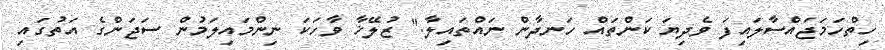
ހިތްހަމަޖައްސާލައިފަ ވެދިޔަ ކަންތައް ހަނދާން ނައްތައިލާ." ޒުލޭޚާ ވާހަކަ ނިންމައިލަމުން ސަޖަންގެ އަތުގައި